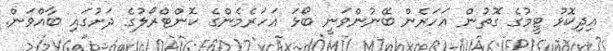
އިދިކޮޅު ޓީމުގެ ގޮތުން އަހަރެން ބޭނުންވަނީ ބޯޅަ އަހަރެމެންގެ ކޮންޓްރޯލުގެ ދަށުގައި ބާއްވަން.